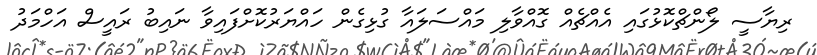
ރިޔާސީ ލޯންޗްކޮޅުގައި އެއްޗެއް ގޮއްވާލި މައްސަލައާ ގުޅިގެން ހައްޔަރުކޮށްފައިވާ ނައިބު ރައީސް އަހްމަދު